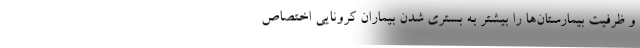
و ظرفیت بیمارستان‌ها را بیشتر به بستری شدن بیماران کرونایی اختصاص